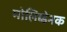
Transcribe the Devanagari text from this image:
मोलिब्डेनक